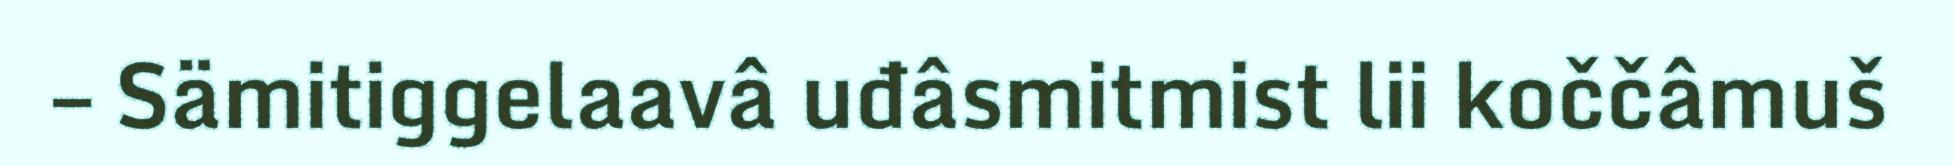
– Sämitiggelaavâ uđâsmitmist lii koččâmuš